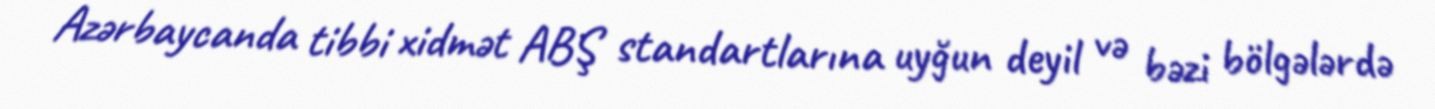
Azərbaycanda tibbi xidmət ABŞ standartlarına uyğun deyil və bəzi bölgələrdə